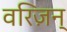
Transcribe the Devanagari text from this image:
वरिज़न्